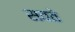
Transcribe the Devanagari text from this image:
सवते